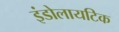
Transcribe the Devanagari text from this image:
इंडोलायटिक